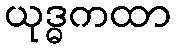
ယုဒ္ဓကထာ